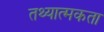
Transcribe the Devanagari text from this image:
तथ्यात्मकता